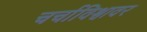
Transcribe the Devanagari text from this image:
चर्चाविश्वावर